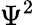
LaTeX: \Psi^{2}